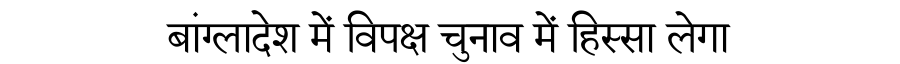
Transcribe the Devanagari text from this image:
बांग्लादेश में विपक्ष चुनाव में हिस्सा लेगा